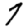
Digit: 7